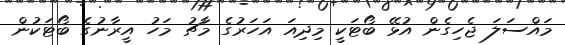
މައްސަލަ ޖެހިގެން އުޅޭ ބޯޓަކީ މިދިއަ އަހަރުގެ މާޗު މަހު އީރާނުގެ ބޯޓަކުން